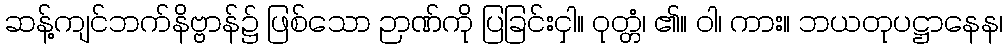
ဆန့်ကျင်ဘက်နိဗ္ဗာန်၌ ဖြစ်သော ဉာဏ်ကို ပြခြင်းငှါ။ ဝုတ္တံ၊ ၏။ ဝါ၊ ကား။ ဘယတုပဋ္ဌာနေန၊